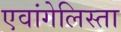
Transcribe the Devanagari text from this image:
एवांगेलिस्ता